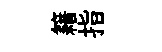
籍指